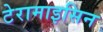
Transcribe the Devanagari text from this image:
टेरामाइसिन